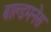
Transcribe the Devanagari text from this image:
बाल्डमनेस